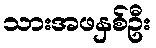
သားအဖနှစ်ဦး